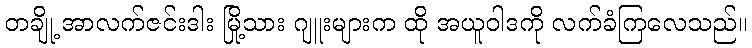
တချို့ အာလက်ဇင်းဒါး မြို့သား ဂျူးများက ထို အယူဝါဒကို လက်ခံကြလေသည်။